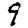
Digit: 9